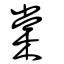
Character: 棠